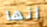
أنها